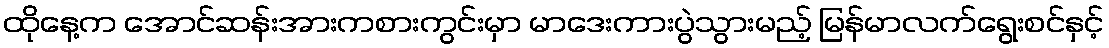
ထိုနေ့က အောင်ဆန်းအားကစားကွင်းမှာ မာဒေးကားပွဲသွားမည့် မြန်မာလက်ရွေးစင်နှင့်